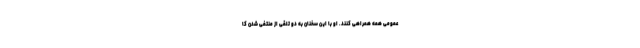
عمومی همه همراهی کنند. او با این سخنان به دو تلقی از منتفی شدن کا